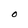
Character: O